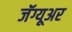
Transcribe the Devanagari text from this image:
जॅग्यूअर